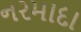
નરમાદા